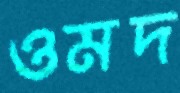
ওমদ